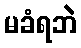
မခံရဘဲ